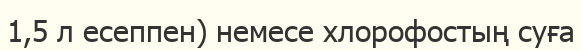
1,5 л есеппен) немесе хлорофостың суға